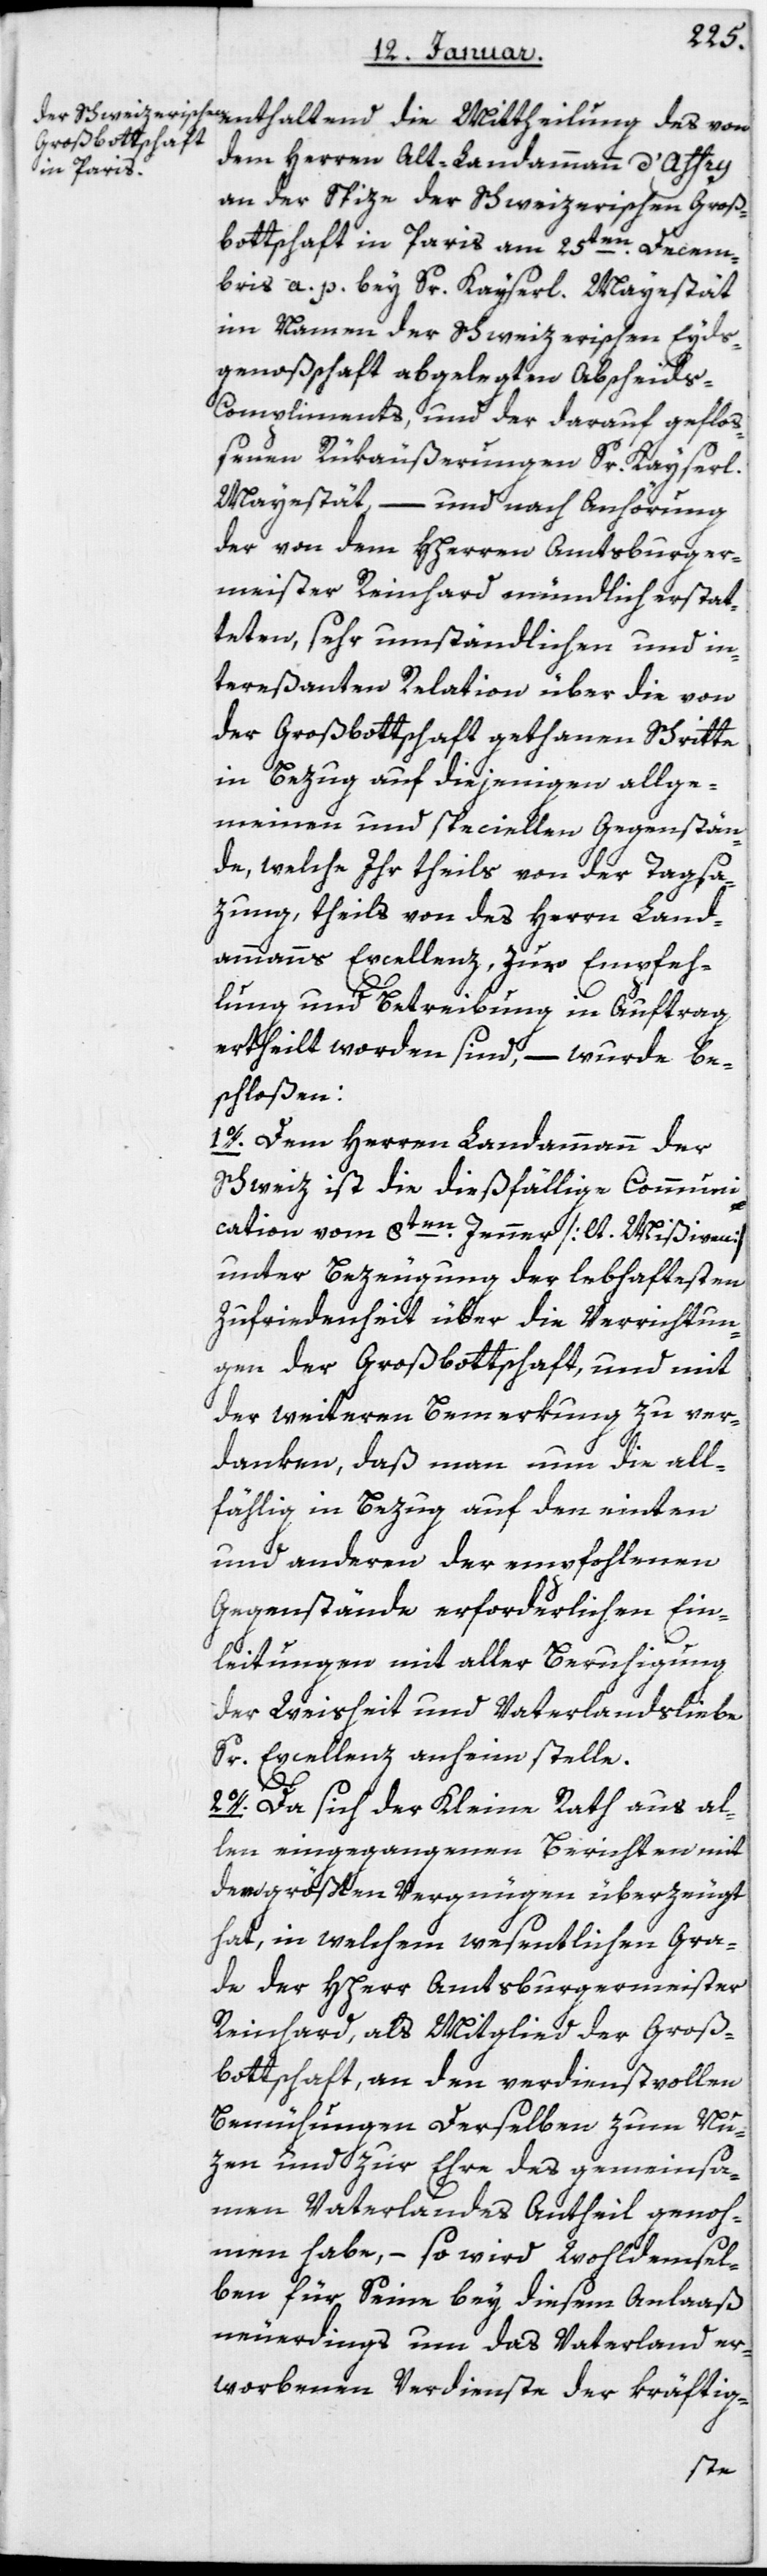
dem Herrn alt Landammann d’Affry
an der Spitze der schweizerischen Groß¬
botschaft in Paris am 25ten Decem¬
bris a. p. bey Sr Kayserl. Majestät
im Namen der Schweizerischen Eyds¬
genoßenschaft abgelegten Abscheid¬
s-Compliments und der darauf geflo¬
ßenen Rükäußerungen Sr Kayserli¬
Majestät, – und nach Anhörung
der von dem HHerrn Amtsburger¬
meister Reinhard mündlich erstat¬
teten, sehr umständlichen und in¬
tereßanten Relation über die von
der Großbottschaft gethanen Schritte
in Bezug auf diejenigen allge¬
meinen und speciellen Gegenstän¬
de, welche Ihr theils von der Tagsat¬
zung, theils von des Herrn Land¬
ammanns Excellenz zur Empfeh¬
lung und Betreibung in Auftrag
ertheilt worden sind, – wurde be¬
schloßen:
1. Dem Herren Landammann der
Schweiz ist die dießfällige Communi¬
cation vom 8ten Jenner [lt. Mißiven]
unter Bezeugung der lebhaftesten
Zufriedenheit über die Verrichtun¬
gen der Großbotschaft, und mit
der weiteren Bemerkung zu ver¬
danken, daß man um die all¬
fählig in Bezug auf den einten
und anderen der empfohlenen
Gegenstände erforderlichen Ein¬
chen
leitungen mit aller Beruhigung
der Weisheit und Vaterlandsliebe
Sr. Excellenz anheimstelle.
2. Da sich der Kleine Rath aus al¬
len eingegangenen Berichten mit
dem größten Vergnügen überzeugt
hat, in welchem wesentlichen Gra¬
de der HHerr Amtsburgermeister
Reinhard, als Mitglied der Groß¬
bottschaft, an den verdienstvollen
Bemühungen Derselben zum Nut¬
zen und zur Ehre des gemeinsa¬
men Vaterlandes Antheil genoh¬
men habe, – so wird Wohldemsel¬
ben für Seine bey diesem Anlaß
neuerdings um das Vaterland er¬
worbenen Verdienste der kräftig-